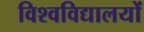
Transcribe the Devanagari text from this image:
विश्‍वविद्यालयों